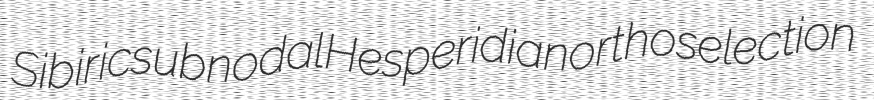
Sibiric subnodal Hesperidian orthoselection